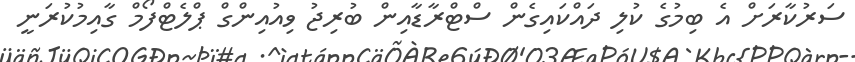
ސަރުކާރަށް އެ ބިމުގެ ކުލި ދައްކައިގެން ސްޓްރާޑާއިން ބުރިޖު ވިއުއިންގް ޕްލެޓްފޯމް ގާއިމުކުރަނީ